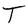
Character: T